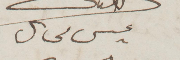
عيسى مخايل